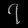
Digit: ၇